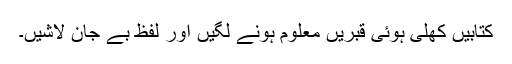
کتابیں کھلی ہوئی قبریں معلوم ہونے لگیں اور لفظ بے جان لاشیں۔